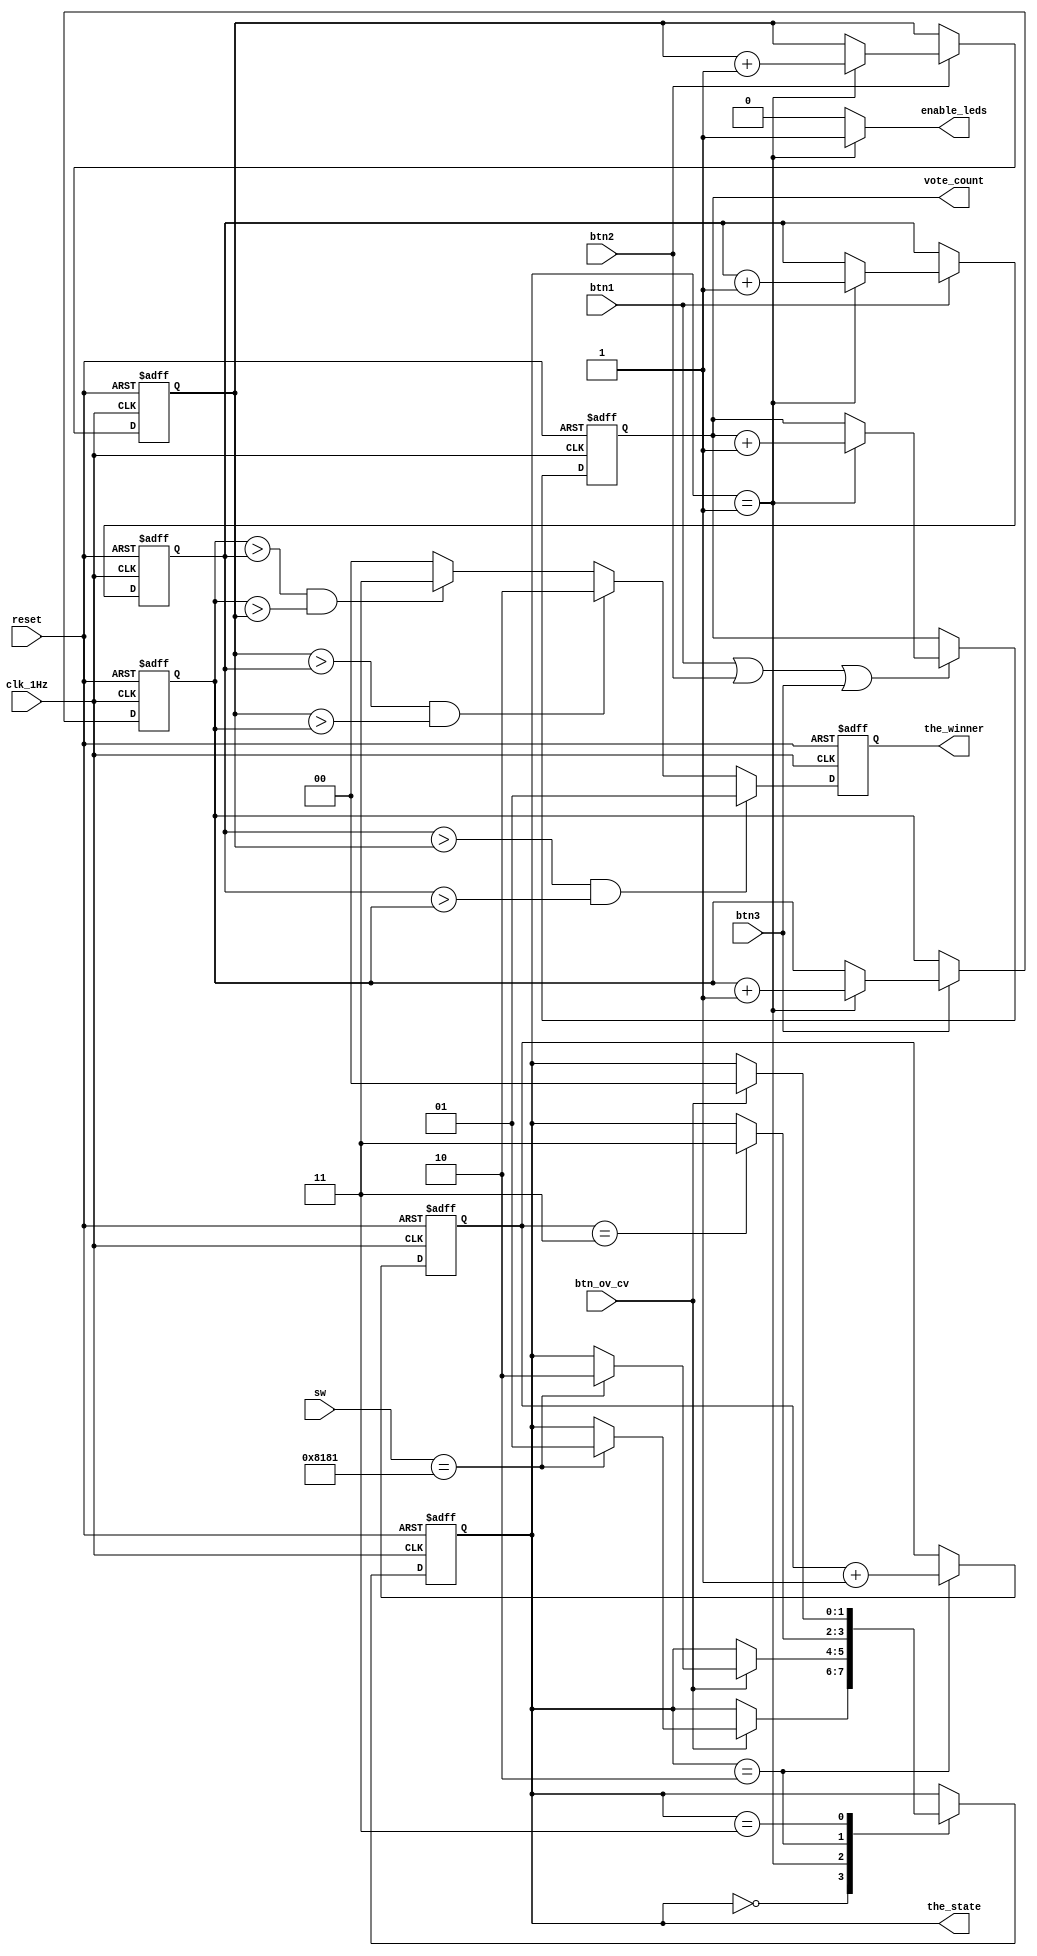
`timescale 1ns / 1ps

module state_machine(
    input clk_1Hz,
    input btn1,
    input btn2,
    input btn3,
    input btn_ov_cv,
    input reset,
    input [15:0] sw,
    output reg [1:0] the_winner,    
    output enable_leds,         // to enable flashing LEDs
    output [3:0] vote_count,    // 4 bits allows for 15 votes, votes = 2^(number of bits) - 1
    output [1:0] the_state
    );
    
    reg [1:0] vc_ctr = 0;                   // Voting Closed Counter Register
    reg [3:0] candidate1_votes, candidate2_votes, candidate3_votes, total_votes;
    
    // **************************************************************************************
    // The following reg is the code to enable opening/closing of voting by administrator ***
    
                    reg [15:0] admin_code = 16'b1000_0001_1000_0001;
                    
    // It is represented on the Basys 3 by the 16 switches **********************************
    // **************************************************************************************
    
    // State Parameters
    parameter IDLE          = 2'b00;
    parameter VOTING_OPEN   = 2'b01;
    parameter VOTING_CLOSED = 2'b10;
    parameter DISPLAY_WIN   = 2'b11;
    
    reg [1:0] state_reg;                    // State Register
    
    // Next State Logic
    always @(posedge clk_1Hz or posedge reset) begin
        if(reset)
            state_reg <= IDLE;
        else
            case(state_reg)
                IDLE            :   if(btn_ov_cv)
                                        if(sw == admin_code)
                                            state_reg <= VOTING_OPEN;
                                
                VOTING_OPEN     :   if(btn_ov_cv)
                                        if(sw == admin_code)
                                            state_reg <= VOTING_CLOSED;
                
                VOTING_CLOSED   :   if(vc_ctr == 2'b11)
                                        state_reg <= DISPLAY_WIN;
                
                DISPLAY_WIN     :   if(btn_ov_cv)
                                        state_reg <= IDLE;
            endcase
    end
    
    // Total Votes Register Logic
    always @(posedge clk_1Hz or posedge reset) begin
        if(reset)
            total_votes <= 0;
        else
            if(btn1 | btn2 | btn3)
                if(state_reg == VOTING_OPEN)
                    total_votes <= total_votes + 1;
    end
    
    // Candidate1 Votes Register Logic
    always @(posedge clk_1Hz or posedge reset) begin
        if(reset)
            candidate1_votes <= 0;
        else
            if(btn1)
                if(state_reg == VOTING_OPEN)
                    candidate1_votes <= candidate1_votes + 1;
    end
    
    // Candidate2 Votes Register Logic
    always @(posedge clk_1Hz or posedge reset) begin
        if(reset)
            candidate2_votes <= 0;
        else
            if(btn2)
                if(state_reg == VOTING_OPEN)
                    candidate2_votes <= candidate2_votes + 1;
    end
    
    // Candidate3 Votes Register Logic
    always @(posedge clk_1Hz or posedge reset) begin
        if(reset)
            candidate3_votes <= 0;
        else
            if(btn3)
                if(state_reg == VOTING_OPEN)
                    candidate3_votes <= candidate3_votes + 1;
    end
    
    // Voting Closed Counter Register Logic
    always @(posedge clk_1Hz or posedge reset) begin
        if(reset)
            vc_ctr <= 0;
        else
            if(state_reg == VOTING_CLOSED)
                vc_ctr <= vc_ctr + 1;
    end
    
    // Winner Register Control Logic
    always @(posedge clk_1Hz or posedge reset) begin
        if(reset)
            the_winner <= 0;
        else
            if(candidate1_votes > candidate2_votes && candidate1_votes > candidate3_votes)
                the_winner <= 2'b01;
            else if(candidate2_votes > candidate1_votes && candidate2_votes > candidate3_votes)
                the_winner <= 2'b10;
            else if(candidate3_votes > candidate1_votes && candidate3_votes > candidate2_votes)
                the_winner <= 2'b11;
            else
                the_winner <= 2'b00;    // no winner, a tie, need a revote
    
    end
    
    // Assigning outputs
    assign vote_count = total_votes;
    assign enable_leds = (state_reg == VOTING_OPEN) ? 1 : 0;
    assign the_state = state_reg;
    
endmodule